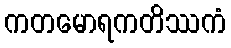
ကတမောရကတိဿကံ